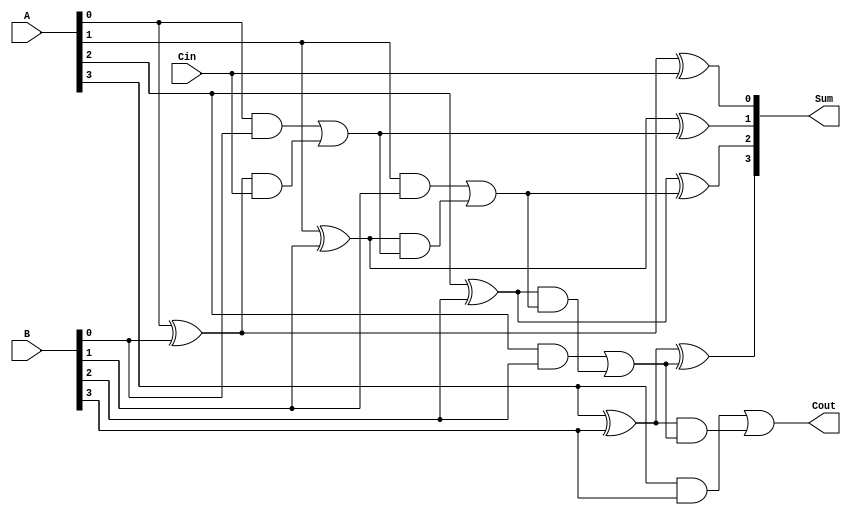
module ConditionalSumFullAdder #(
    parameter N = 4  // Number of bits
)(
    input  [N-1:0] A,      // First input operand
    input  [N-1:0] B,      // Second input operand
    input  Cin,            // Carry input
    output [N-1:0] Sum,    // Resulting sum
    output Cout            // Carry output
);

    wire [N-1:0] P;        // Partial sum (propagate)
    wire [N-1:0] G;        // Generate carry
    wire [N:0] C;          // Carry bits (C[0] = Cin)

    // Partial sum and generate carry calculations
    genvar i;
    generate
        for (i = 0; i < N; i = i + 1) begin : csfa_logic
            assign P[i] = A[i] ^ B[i];  // Partial sum
            assign G[i] = A[i] & B[i];  // Generate carry
        end
    endgenerate

    // Carry calculations
    assign C[0] = Cin;  // Initial carry input
    generate
        for (i = 1; i <= N; i = i + 1) begin : carry_calc
            assign C[i] = G[i-1] | (P[i-1] & C[i-1]);  // Conditional carry
        end
    endgenerate

    // Sum calculation
    generate
        for (i = 0; i < N; i = i + 1) begin : sum_calc
            assign Sum[i] = P[i] ^ C[i];  // Final sum
        end
    endgenerate

    // Final carry output
    assign Cout = C[N];  // Final carry out

endmodule